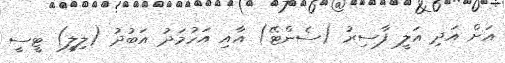
އަށް އަދި އަލީ ފާސިރު (ސެންޓޭ) އާއި އަހުމަދު އަބުދު (ލިލީ) ޓީސީ